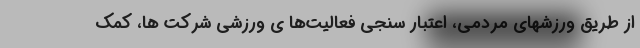
از طریق ورزشهای مردمی، اعتبار سنجی فعالیت‌ها ی ورزشی شرکت ها، کمک